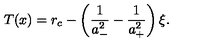
T ( x ) = r _ { c } - \left( \frac { 1 } { a _ { - } ^ { 2 } } - \frac { 1 } { a _ { + } ^ { 2 } } \right) \xi .